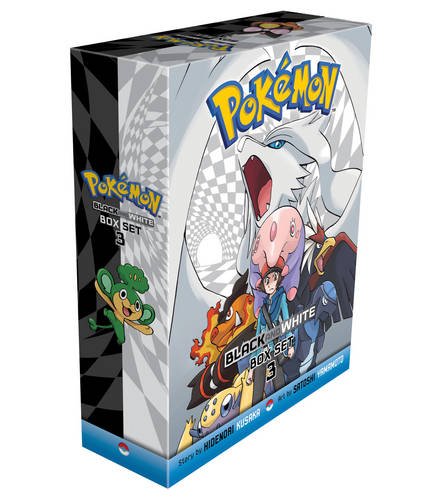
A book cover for Pokemon Black and White Box Set 3: Includes Volumes 15-20; Hidenori Kusaka; Children's Books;